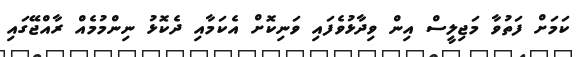
ކަމަށް ފަތުވާ މަޖިލީސް އިން ވިދާޅުވެފައި ވަނިކޮށް އެކަމާއި ދެކޮޅު ނިންމުމެއް ރާއްޖޭގައި